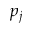
p _ { j }